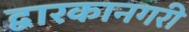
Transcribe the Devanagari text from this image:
द्वारकानगरी